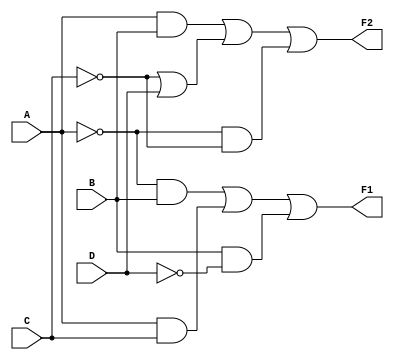
module combinational_logic (
    input wire A,
    input wire B,
    input wire C,
    input wire D,
    output wire F1,
    output wire F2
);

// Intermediate signals for the logic expressions
wire notA, notB, notC, notD;
wire and1, and2, and3, and4;
wire or1, or2;

// Inverting inputs
not (notA, A);
not (notB, B);
not (notC, C);
not (notD, D);

// Logic for F1 (Example: F1 = A'B + AC + BD')
and (and1, notA, B);   // A'B
and (and2, A, C);      // AC
and (and3, B, notD);   // BD'
or (F1, and1, and2, and3); // F1 = A'B + AC + BD'

// Logic for F2 (Example: F2 = AB + C'D + A'C)
and (and4, A, B);      // AB
or (or1, notC, D);     // C'D
and (or2, notA, notC); // A'C
or (F2, and4, or1, or2); // F2 = AB + C'D + A'C

endmodule